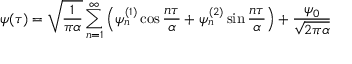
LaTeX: \psi ( \tau ) = \sqrt { \frac { 1 } { \pi \alpha } } \sum _ { n = 1 } ^ { \infty } \left( \psi _ { n } ^ { ( 1 ) } \cos { \frac { n \tau } { \alpha } } + \psi _ { n } ^ { ( 2 ) } \sin { \frac { n \tau } { \alpha } } \right) + { \frac { \psi _ { 0 } } { \sqrt { 2 \pi \alpha } } } ~ ~ ~